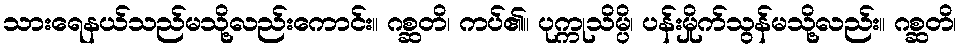
သားရေနယ်သည်မသို့လည်းကောင်း။ ဂစ္ဆတိ၊ ကပ်၏။ ပုက္ကုသိမ္ပိ၊ ပန်းမှိုက်သွန်မသို့လည်း။ ဂစ္ဆတိ၊